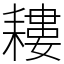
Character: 耬